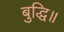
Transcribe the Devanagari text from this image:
बुद्धि॥